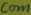
Text: com